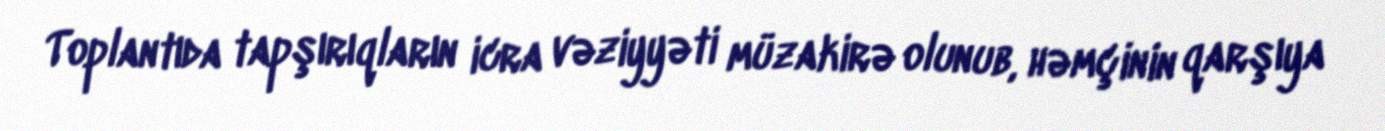
Toplantıda tapşırıqların icra vəziyyəti müzakirə olunub, həmçinin qarşıya